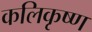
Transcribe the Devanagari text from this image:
कलिकृष्ण